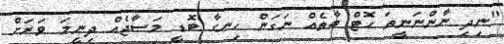
"ނިދި ނާންނަނީތަ ހޮޓް ބާތެއް ނަގަން ހިނގާ ބޮޑީ މަސާޖެއް ދިނީމަ ވަރަށް